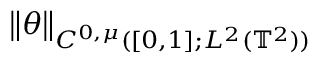
\begin{array} { r l } { \lefteqn { \big \| \theta \big \| _ { C ^ { 0 , \mu } ( [ 0 , 1 ] ; L ^ { 2 } ( \ensuremath { \mathbb { T } } ^ { 2 } ) ) } } \quad } & { { } } \end{array}